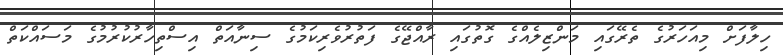
ހިލާފަށް މިއަހަރުގެ ތެރޭގައި މަންޒިލެއްގެ ގޮތުގައި ރާއްޖޭގެ ފަތުރުވެރިކަމުގެ ސިނާއަތް އިސްތިހާރުކުރުމުގެ މަސައްކަތް